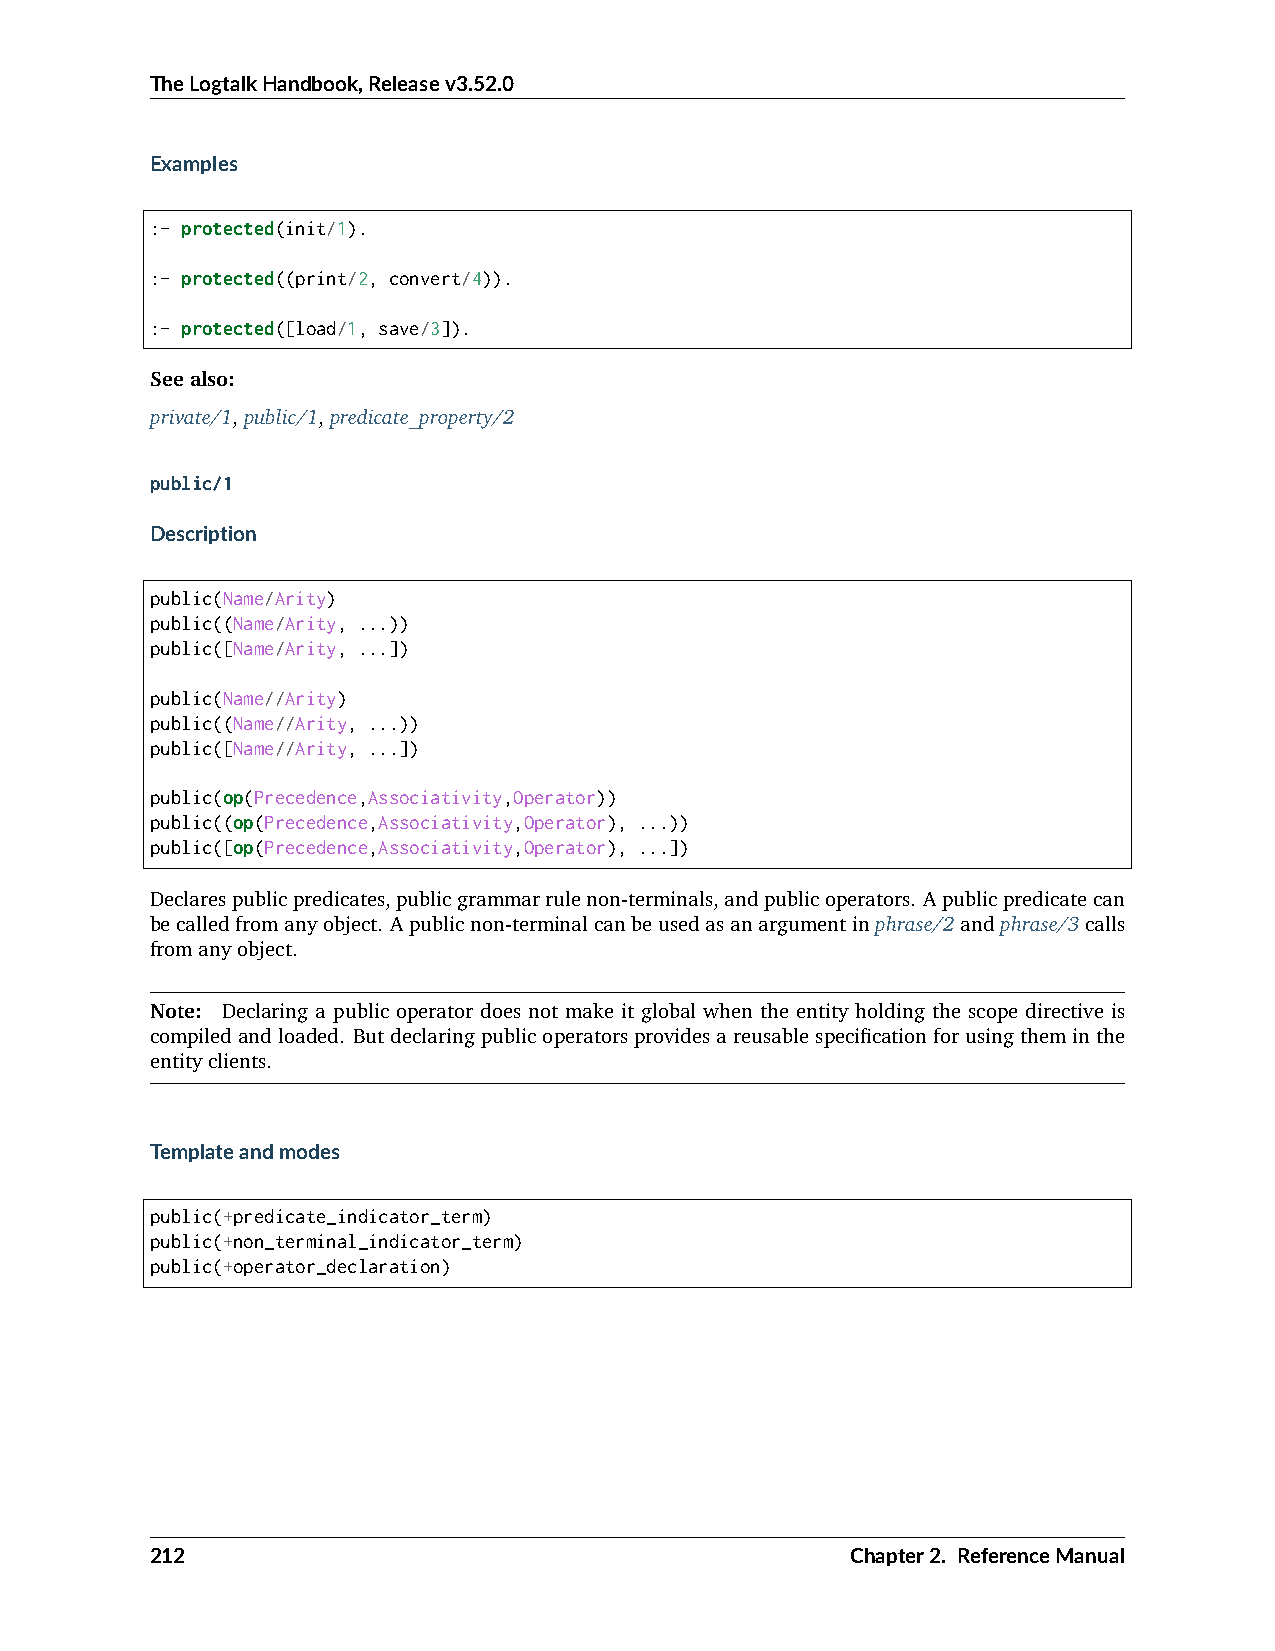
TheLogtalkHandbook,Releasev3.52.0
 Examples
 :- protected(init/1).
 :- protected((print/2, convert/4)).
 :- protected([load/1, save/3]).
 Seealso:
 private/1,public/1,predicate_property/2
 public/1
 Description
 public(Name/Arity)
 public((Name/Arity, ...))
 public([Name/Arity, ...])
 public(Name//Arity)
 public((Name//Arity, ...))
 public([Name//Arity, ...])
 public(op(Precedence,Associativity,Operator))
 public((op(Precedence,Associativity,Operator), ...))
 public([op(Precedence,Associativity,Operator), ...])
 Declarespublicpredicates,publicgrammarrulenon-terminals,andpublicoperators. Apublicpredicatecan
 becalledfromanyobject. Apublicnon-terminalcanbeusedasanargumentinphrase/2andphrase/3calls
 fromanyobject.
 Note: Declaring a public operator does not make it global when the entity holding the scope directive is
 compiledandloaded. Butdeclaringpublicoperatorsprovidesareusablespecificationforusingtheminthe
 entityclients.
 Templateandmodes
 public(+predicate_indicator_term)
 public(+non_terminal_indicator_term)
 public(+operator_declaration)
 212                                           Chapter2. ReferenceManual